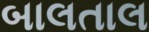
બાલતાલ